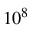
1 0 ^ { 8 }